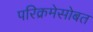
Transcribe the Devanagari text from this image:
परिक्रमेसोबत